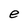
Character: e